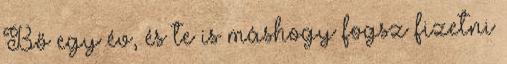
Bő egy év, és te is máshogy fogsz fizetni